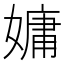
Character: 嫞